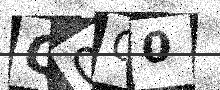
Text: Q0C0